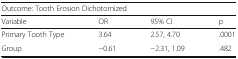
<table><thead><tr><td colspan="4"><b>Outcome: Tooth Erosion Dichotomized</b></td></tr><tr><td><b>Variable</b></td><td><b>OR</b></td><td><b>95% CI</b></td><td><b>p</b></td></tr></thead><tbody><tr><td>Primary Tooth Type</td><td>3.64</td><td>2.57, 4.70</td><td>.0001</td></tr><tr><td>Group</td><td>−0.61</td><td>−2.31, 1.09</td><td>.482</td></tr></tbody></table>